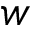
w